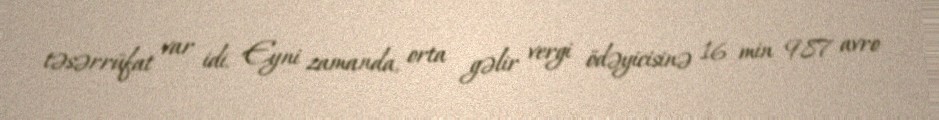
təsərrüfat var idi. Eyni zamanda, orta gəlir vergi ödəyicisinə 16 min 987 avro